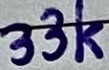
Text: 33K